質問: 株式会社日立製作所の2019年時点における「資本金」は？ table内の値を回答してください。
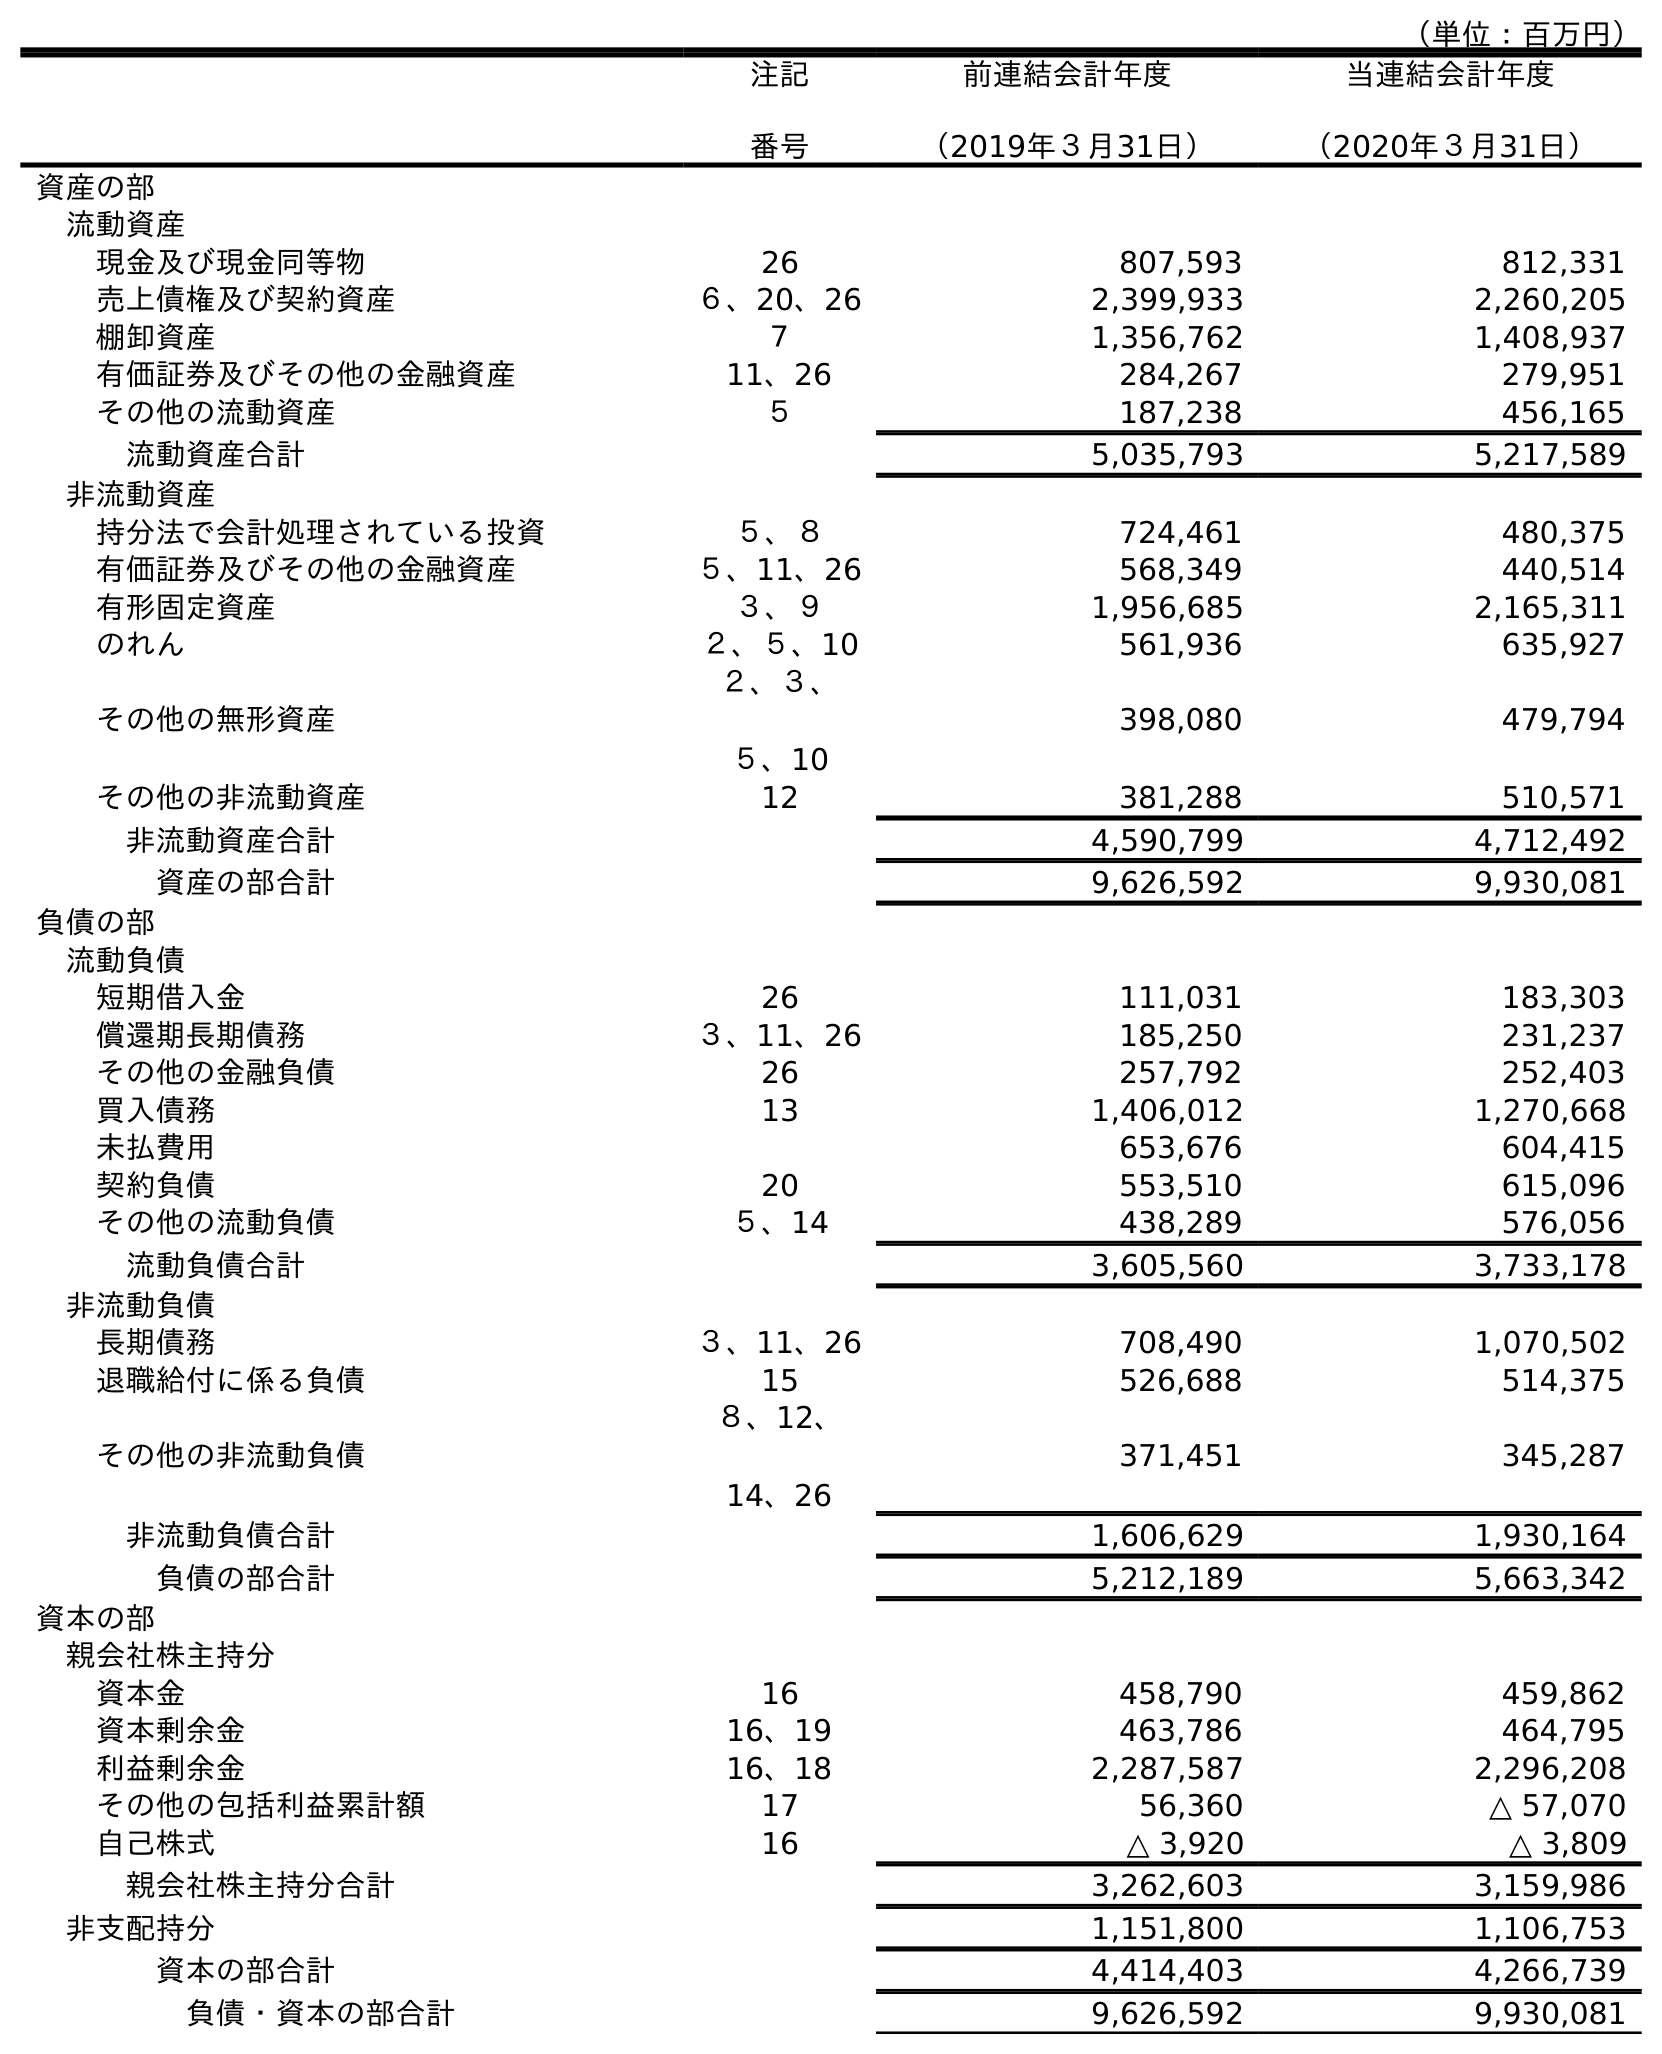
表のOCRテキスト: （単位：百万円） 注記 番号 前連結会計年度 （2019年３月31日） 当連結会計年度 （2020年３月31日） 資産の部 流動資産 現金及び現金同等物 26 807,593 812,331 売上債権及び契約資産 ６、20、26 2,399,933 2,260,205 棚卸資産 ７ 1,356,762 1,408,937 有価証券及びその他の金融資産 11、26 284,267 279,951 その他の流動資産 ５ 187,238 456,165 流動資産合計 5,035,793 5,217,589 非流動資産 持分法で会計処理されている投資 ５、８ 724,461 480,375 有価証券及びその他の金融資産 ５、11、26 568,349 440,514 有形固定資産 ３、９ 1,956,685 2,165,311 のれん ２、５、10 561,936 635,927 その他の無形資産 ２、３、 ５、10 398,080 479,794 その他の非流動資産 12 381,288 510,571 非流動資産合計 4,590,799 4,712,492 資産の部合計 9,626,592 9,930,081 負債の部 流動負債 短期借入金 26 111,031 183,303 償還期長期債務 ３、11、26 185,250 231,237 その他の金融負債 26 257,792 252,403 買入債務 13 1,406,012 1,270,668 未払費用 653,676 604,415 契約負債 20 553,510 615,096 その他の流動負債 ５、14 438,289 576,056 流動負債合計 3,605,560 3,733,178 非流動負債 長期債務 ３、11、26 708,490 1,070,502 退職給付に係る負債 15 526,688 514,375 その他の非流動負債 ８、12、 14、26 371,451 345,287 非流動負債合計 1,606,629 1,930,164 負債の部合計 5,212,189 5,663,342 資本の部 親会社株主持分 資本金 16 458,790 459,862 資本剰余金 16、19 463,786 464,795 利益剰余金 16、18 2,287,587 2,296,208 その他の包括利益累計額 17 56,360 △ 57,070 自己株式 16 △ 3,920 △ 3,809 親会社株主持分合計 3,262,603 3,159,986 非支配持分 1,151,800 1,106,753 資本の部合計 4,414,403 4,266,739 負債・資本の部合計 9,626,592 9,930,081
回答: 458,790